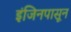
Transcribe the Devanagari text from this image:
इंजिनपासून